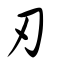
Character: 刃